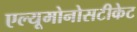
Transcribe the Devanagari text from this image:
एल्यूमोनोसटीकेट